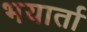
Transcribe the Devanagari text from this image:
भयार्ता